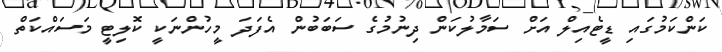
ކަންކަމުގައި ޑީޓެއިލް އަށް ސަމާލުކަން ދިނުމުގެ ސަބަބުން އެފަދަ މީހުންނަކީ ކޮލިޓީ މަސައްކަތް